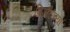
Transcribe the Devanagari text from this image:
ब्रिजेटच्या